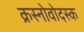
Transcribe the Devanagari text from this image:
क्रस्नोवोदस्क